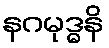
နဂမုဒ္ဓနိ